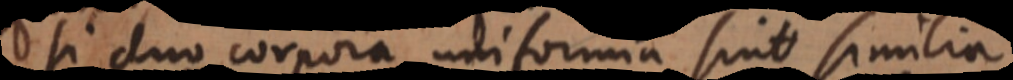
Si duo corpora uniformia sint similia